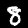
Digit: 8